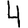
Digit: 4